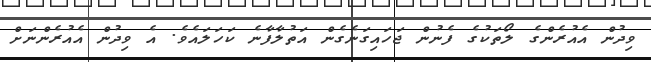
ވިދުން އެއުރެންގެ ލޯތަކުގެ ފެނުން ޖަހައިގަނެގެން އަތުލާފާނެ ކަހަލައެވެ. އެ ވިދުން އެއުރެންނަށް